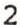
2